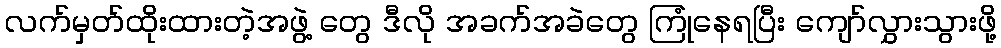
လက်မှတ်ထိုးထားတဲ့အဖွဲ့ တွေ ဒီလို အခက်အခဲတွေ ကြုံနေရပြီး ကျော်လွှားသွားဖို့